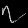
Digit: ၇